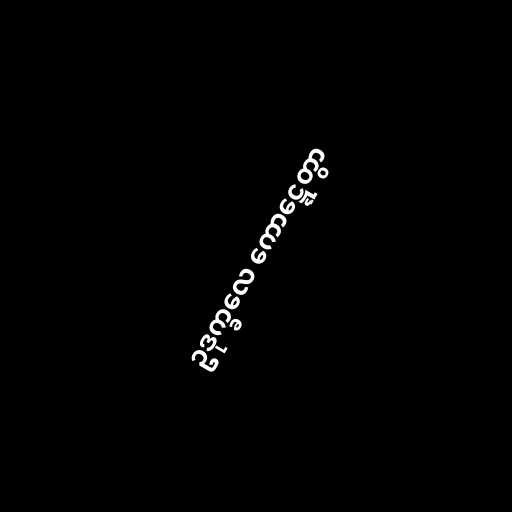
ဥဒုက္ခလေ ကောဋ္ဋေတွာ